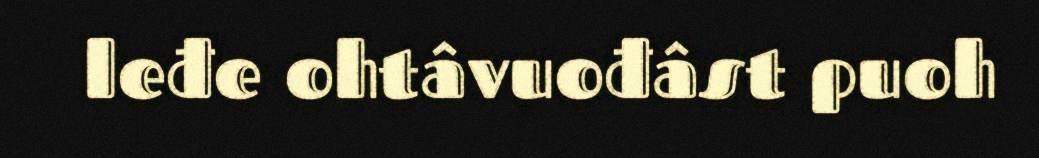
leđe ohtâvuođâst puoh